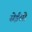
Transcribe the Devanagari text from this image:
सेईसो